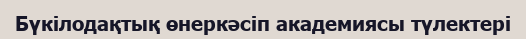
Бүкілодақтық өнеркәсіп академиясы түлектері